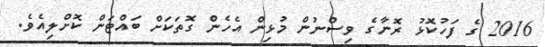
2016 ގެ ފަހުކޮޅު ރޮނާގެ ވިސްނުން މުޅިން އެހެން ގޮތަކަށް ބައްޓަން ކޮށްލިއެވެ.